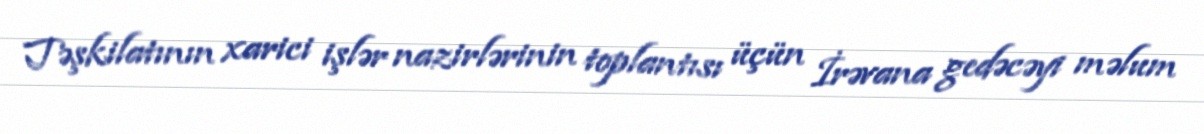
Təşkilatının xarici işlər nazirlərinin toplantısı üçün İrəvana gedəcəyi məlum